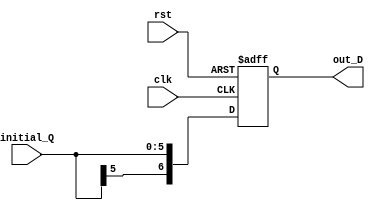
`timescale 1ns/1ns
module D(input clk,rst,input [5:0]initial_Q,output reg [6:0]out_D);
  always@ (posedge clk,posedge rst) begin
    if(rst) out_D=6'b 000000;
    else out_D={initial_Q[5],initial_Q};
  end
endmodule